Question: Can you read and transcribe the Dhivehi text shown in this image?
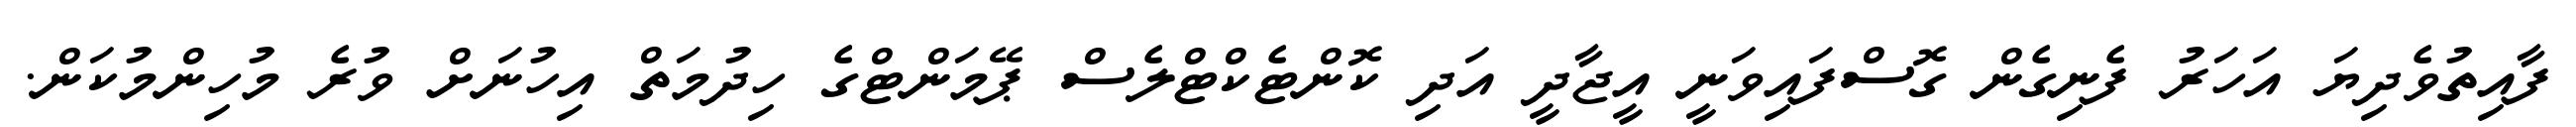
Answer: ފާއިތުވެދިޔަ އަހަރު ފެނިގެން ގޮސްފައިވަނީ އީޖާދީ އަދި ކޮންޓެކްޓްލެސް ޕޭމަންޓްގެ ހިދުމަތް އިހުނަށް ވުރެ މުހިންމުކަން.